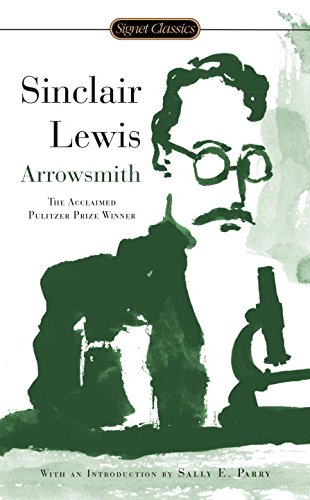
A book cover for Arrowsmith; Sinclair Lewis; Humor & Entertainment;